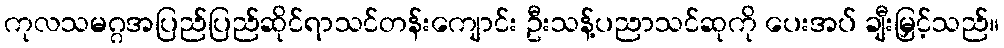
ကုလသမဂ္ဂအပြည်ပြည်ဆိုင်ရာသင်တန်းကျောင်း ဦးသန့်ပညာသင်ဆုကို ပေးအပ် ချီးမြှင့်သည်။